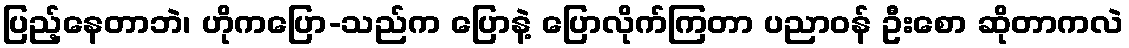
ပြည့်နေတာဘဲ၊ ဟိုကပြော-သည်က ပြောနဲ့ ပြောလိုက်ကြတာ ပညာဝန် ဦးစော ဆိုတာကလဲ